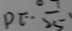
P E \cdot \frac { 1 } { 2 5 }